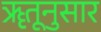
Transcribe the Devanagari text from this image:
ॠतूनुसार